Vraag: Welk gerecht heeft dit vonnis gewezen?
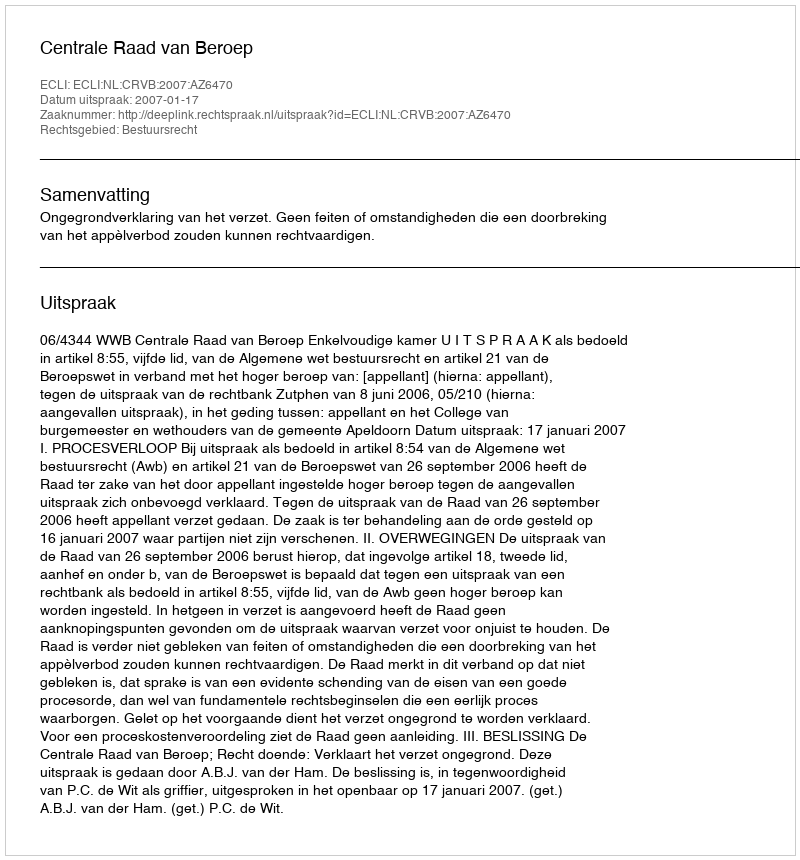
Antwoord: Centrale Raad van Beroep